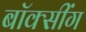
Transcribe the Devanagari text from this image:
बॉक्सींग